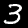
Digit: 3